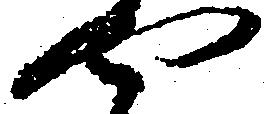
や